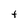
Character: t